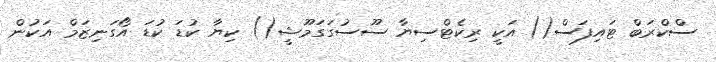
ސްކްރަބް ޓައިފަސް() އަކީ ރިކެޓްސިޔާ ސޫސުގަގަމޫޝީ() ކިޔާ ކުޑަ ކުޑަ އޯގަނިޒަމް އަކުން